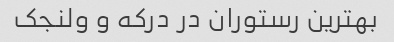
بهترین رستوران در درکه و ولنجک